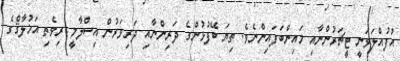
އުފުއްލަވަނީ ޓީޗަރުންނާއި މައިންބަފައިންނެވެ. ތިޔަ ބޭފުޅުންގެ ދަރިންނާއި ދަރިވަރުން އިސްލާމީ ރިވެތި އަޚުލާޤްގެ